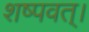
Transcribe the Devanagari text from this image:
शष्पवत्‌।